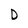
Character: D